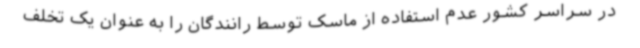
در سراسر کشور عدم استفاده از ماسک توسط رانندگان را به عنوان یک تخلف